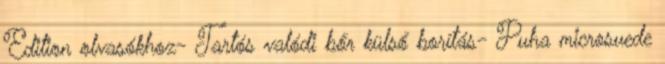
Edition olvasókhoz- Tartós valódi bőr külső borítás- Puha microsuede